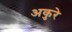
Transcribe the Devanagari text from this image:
अकुरे